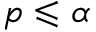
p \leqslant \alpha